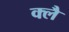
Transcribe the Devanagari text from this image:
क्लै